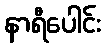
နာရီပေါင်း